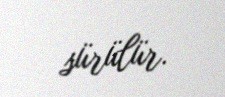
sürülür.